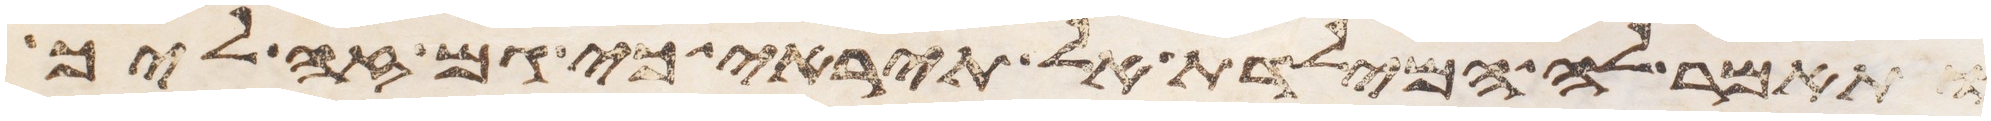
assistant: ותאמר לה המילדת אל תיראי כי גם זה ליך